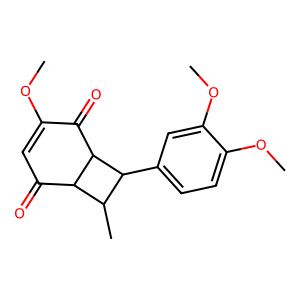
SMILES: COC1=CC(=O)C2C(C)C(c3ccc(OC)c(OC)c3)C2C1=O
Inhibits HIV replication: No